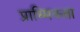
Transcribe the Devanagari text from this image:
प्राथ्मिकता